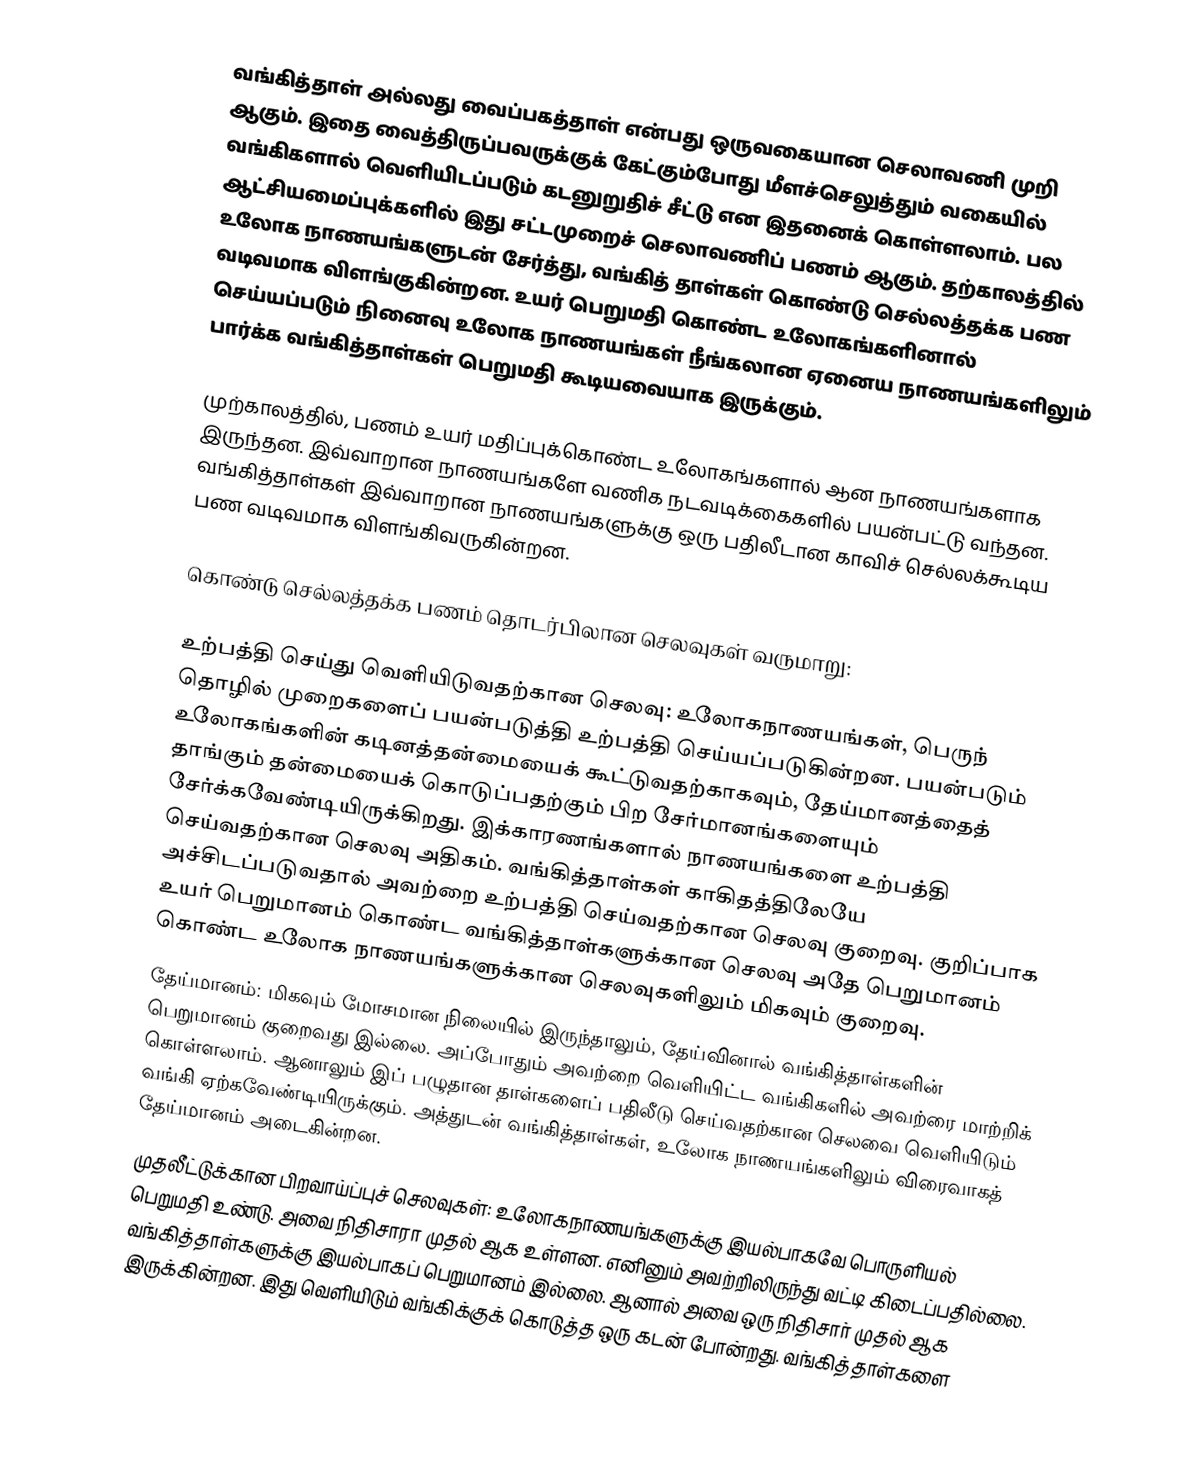
வங்கித்தாள் அல்லது வைப்பகத்தாள் என்பது ஒருவகையான செலாவணி முறி ஆகும். இதை வைத்திருப்பவருக்குக் கேட்கும்போது மீளச்செலுத்தும் வகையில் வங்கிகளால் வெளியிடப்படும் கடனுறுதிச் சீட்டு என இதனைக் கொள்ளலாம். பல ஆட்சியமைப்புக்களில் இது சட்டமுறைச் செலாவணிப் பணம் ஆகும். தற்காலத்தில் உலோக நாணயங்களுடன் சேர்த்து, வங்கித் தாள்கள் கொண்டு செல்லத்தக்க பண வடிவமாக விளங்குகின்றன. உயர் பெறுமதி கொண்ட உலோகங்களினால் செய்யப்படும் நினைவு உலோக நாணயங்கள் நீங்கலான ஏனைய நாணயங்களிலும் பார்க்க வங்கித்தாள்கள் பெறுமதி கூடியவையாக இருக்கும்.

முற்காலத்தில், பணம் உயர் மதிப்புக்கொண்ட உலோகங்களால் ஆன நாணயங்களாக இருந்தன. இவ்வாறான நாணயங்களே வணிக நடவடிக்கைகளில் பயன்பட்டு வந்தன. வங்கித்தாள்கள் இவ்வாறான நாணயங்களுக்கு ஒரு பதிலீடான காவிச் செல்லக்கூடிய பண வடிவமாக விளங்கிவருகின்றன.

கொண்டு செல்லத்தக்க பணம் தொடர்பிலான செலவுகள் வருமாறு:

 உற்பத்தி செய்து வெளியிடுவதற்கான செலவு: உலோகநாணயங்கள், பெருந் தொழில் முறைகளைப் பயன்படுத்தி உற்பத்தி செய்யப்படுகின்றன. பயன்படும் உலோகங்களின் கடினத்தன்மையைக் கூட்டுவதற்காகவும், தேய்மானத்தைத் தாங்கும் தன்மையைக் கொடுப்பதற்கும் பிற சேர்மானங்களையும் சேர்க்கவேண்டியிருக்கிறது. இக்காரணங்களால் நாணயங்களை உற்பத்தி செய்வதற்கான செலவு அதிகம். வங்கித்தாள்கள் காகிதத்திலேயே அச்சிடப்படுவதால் அவற்றை உற்பத்தி செய்வதற்கான செலவு குறைவு. குறிப்பாக உயர் பெறுமானம் கொண்ட வங்கித்தாள்களுக்கான செலவு அதே பெறுமானம் கொண்ட உலோக நாணயங்களுக்கான செலவுகளிலும் மிகவும் குறைவு.
 தேய்மானம்: மிகவும் மோசமான நிலையில் இருந்தாலும், தேய்வினால் வங்கித்தாள்களின் பெறுமானம் குறைவது இல்லை. அப்போதும் அவற்றை வெளியிட்ட வங்கிகளில் அவற்ரை மாற்றிக் கொள்ளலாம். ஆனாலும் இப் பழுதான தாள்களைப் பதிலீடு செய்வதற்கான செலவை வெளியிடும் வங்கி ஏற்கவேண்டியிருக்கும். அத்துடன் வங்கித்தாள்கள், உலோக நாணயங்களிலும் விரைவாகத் தேய்மானம் அடைகின்றன.
 முதலீட்டுக்கான பிறவாய்ப்புச் செலவுகள்: உலோகநாணயங்களுக்கு இயல்பாகவே பொருளியல் பெறுமதி உண்டு. அவை நிதிசாரா முதல் ஆக உள்ளன. எனினும் அவற்றிலிருந்து வட்டி கிடைப்பதில்லை. வங்கித்தாள்களுக்கு இயல்பாகப் பெறுமானம் இல்லை. ஆனால் அவை ஒரு நிதிசார் முதல் ஆக இருக்கின்றன. இது வெளியிடும் வங்கிக்குக் கொடுத்த ஒரு கடன் போன்றது. வங்கித்தாள்களை